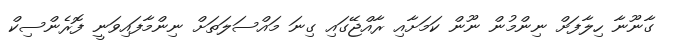
ގާނޫނާ ހިލާފަށް ނިންމުން ނޫން ކަމަށާއި ރާއްޖޭގައި ގިނަ މައްސަލަތަށް ނިންމާފައިވަނީ ފޮރެންސިކް